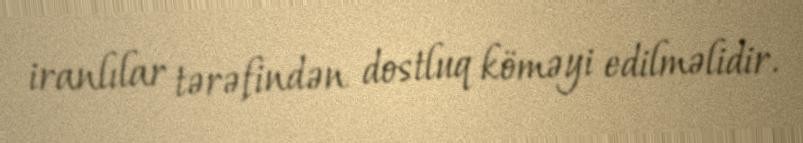
iranlılar tərəfindən dostluq köməyi edilməlidir.